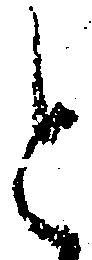
と